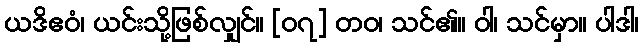
ယဒိဧဝံ၊ ယင်းသို့ဖြစ်လျှင်။ [၀၇] တဝ၊ သင်၏။ ဝါ၊ သင်မှာ။ ပါဒါ၊